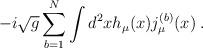
LaTeX: \begin{align*}-i\sqrt{g} \sum_{b=1}^N \int d^2x h_\mu(x) j^{(b)}_\mu(x) \; .\end{align*}